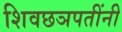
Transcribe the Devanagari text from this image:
शिवछञपतींनी